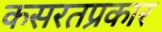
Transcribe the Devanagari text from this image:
कसरतप्रकार